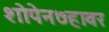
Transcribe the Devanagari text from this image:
शोपेन७हावर